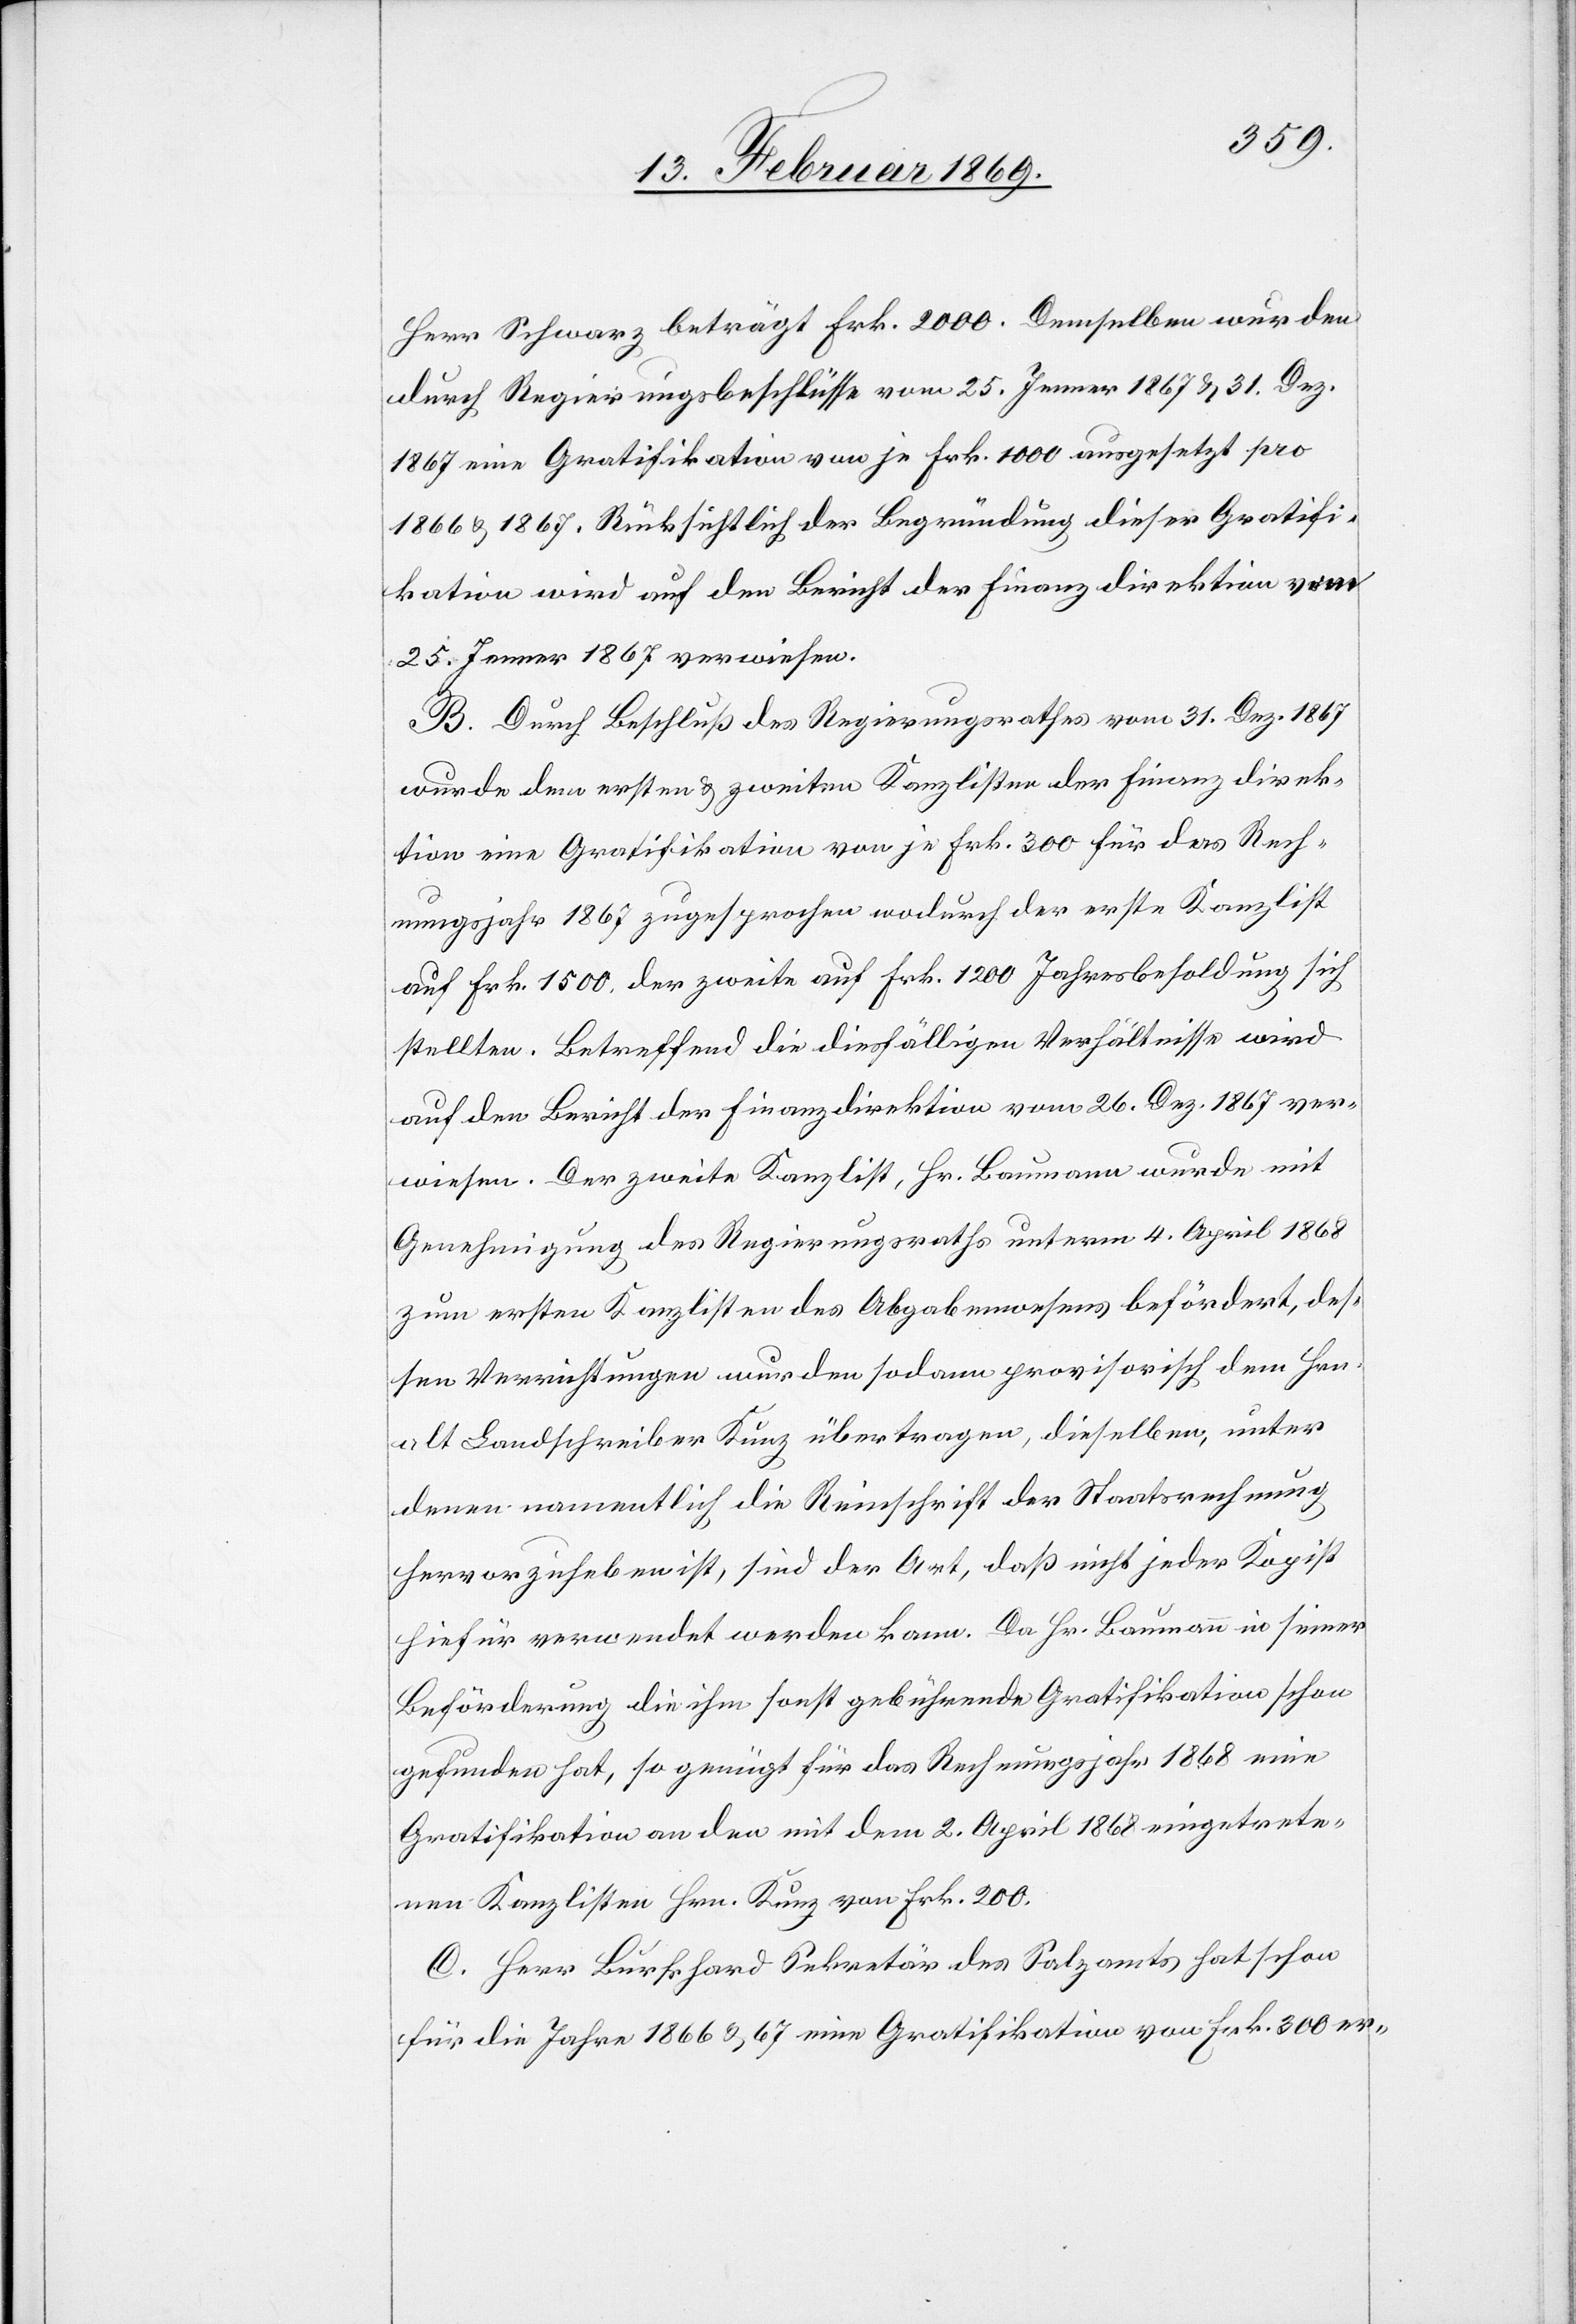
Herr Schwarz beträgt Frk. 2000. Demselben wurden
durch Regierungsbeschlüsse vom 25. Jenner 1867 & 31. Dez.
1867 eine Gratifikation von je Frk. 1000. ausgesetzt pro
1866 & 1867. Rücksichtlich der Begründung dieser Gratifi¬
kation wird auf den Bericht der Finanzdirektion vom
25. Jenner 1867 verwiesen.
B. Durch Beschluß des Regierungsrathes vom 31. Dez. 1867
wurde dem ersten & zweiten Kanzlisten der Finanzdirek¬
tion eine Gratifikation von je Frk. 300 für das Rech¬
nungsjahr 1867 zugesprochen wodurch der erste Kanzlist
auf Frk. 1500 der zweite auf Frk. 1200 Jahresbesoldung sich
stellten. Betreffend die diesfälligen Verhältnisse wird
auf den Bericht der Finanzdirektion vom 26. Dez. 1867 ver¬
wiesen. Der zweite Kanzlist, Hr. Baumann wurde mit
Genehmigung des Regierungsraths unterm 4. April 1868
zum ersten Kanzlisten des Abgabewesens befördert, des¬
sen Verrichtungen wurden sodann provisorisch dem Hrn.
alt Landschreiber Kunz übertragen, dieselben unter
denen namentlich die Reinschrift der Staatsrechnung,
hervorzuheben ist, sind der Art, daß nicht jeder Kopist
hierfür verwendet werden kann. Da Hr. Baumann in seiner
Beförderung die ihm sonst gebührende Gratifikation schon
gefunden hat, so genügt für das Rechnungsjahr 1868 eine
Gratifikation an den mit dem 2. April 1868 eingetrete¬
nen Kanzlisten Hrn. Kunz von Frk. 200.
C. Herr Burkhard Sekretär des Salzamts hat schon
für die Jahre 1866 u. 67 eine Gratifikation von Frk. 300 er-